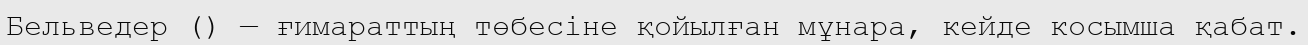
Бельведер () — ғимараттың төбесіне қойылған мұнара, кейде косымша қабат.